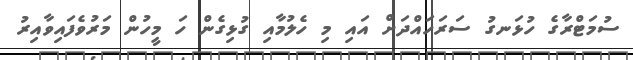
ސުމަޓްރާގެ ހުޅަނގު ސަރަހައްދަށް އައި މި ހެލުމާއި ގުޅިގެން ހަ މީހުން މަރުވެފައިވާއިރު